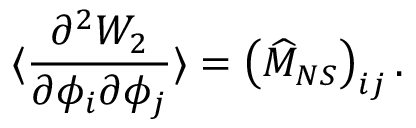
\langle \frac { \partial ^ { 2 } W _ { 2 } } { \partial \phi _ { i } \partial \phi _ { j } } \rangle = \left( \widehat { M } _ { N S } \right) _ { i j } .